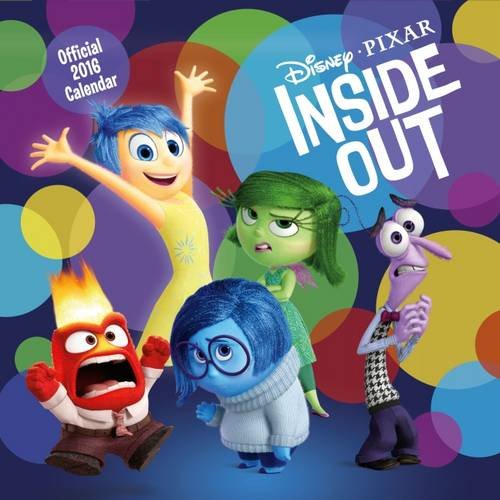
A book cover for The Official Inside Out 2016 Square Calendar; Calendars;